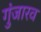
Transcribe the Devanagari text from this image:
गुंजारव